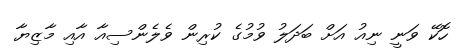
ހޮކޭ ވަނީ ނިއު އަށް ބަދަލު ވުމުގެ ކުރިން ވެލެންސިއާ އާއި މާޒިޔާ